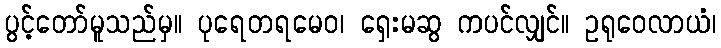
ပွင့်တော်မူသည်မှ။ ပုရေတရမေဝ၊ ရှေးမဆွ ကပင်လျှင်။ ဥရုဝေလာယံ၊